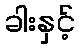
ခါးနှင့်